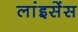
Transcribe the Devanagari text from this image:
लांइसेंस